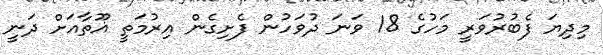
މިދިޔަ ފެބުރުވަރީ މަހުގެ 18 ވަނަ ދުވަހުން ފެށިގެން އިރުމަތީ ޣޫތާއަށް ދަނީ